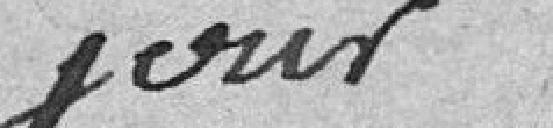
jour.